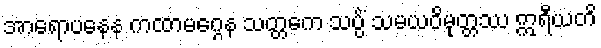
အာရောပနေန ကထာမဂ္ဂေန သတ္တကေ သပ္ပိံ သမယဝိမုတ္တဿ ဣရီယတိ